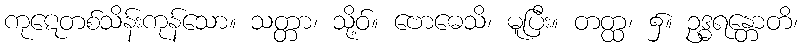
ကုဋေတစ်သိန်းကုန်သော။ သတ္တာ၊ သို့ဝ်။ ဗောဓေသိ၊ မူပြီး။ တတ္ထ၊ ၌။ ဥဒ္ဓရန္တောတိ၊